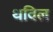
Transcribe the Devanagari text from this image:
थविल